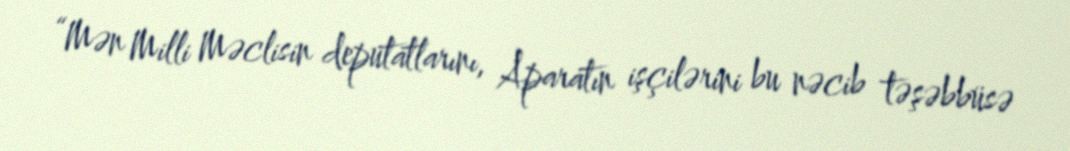
“Mən Milli Məclisin deputatlarını, Aparatın işçilərini bu nəcib təşəbbüsə